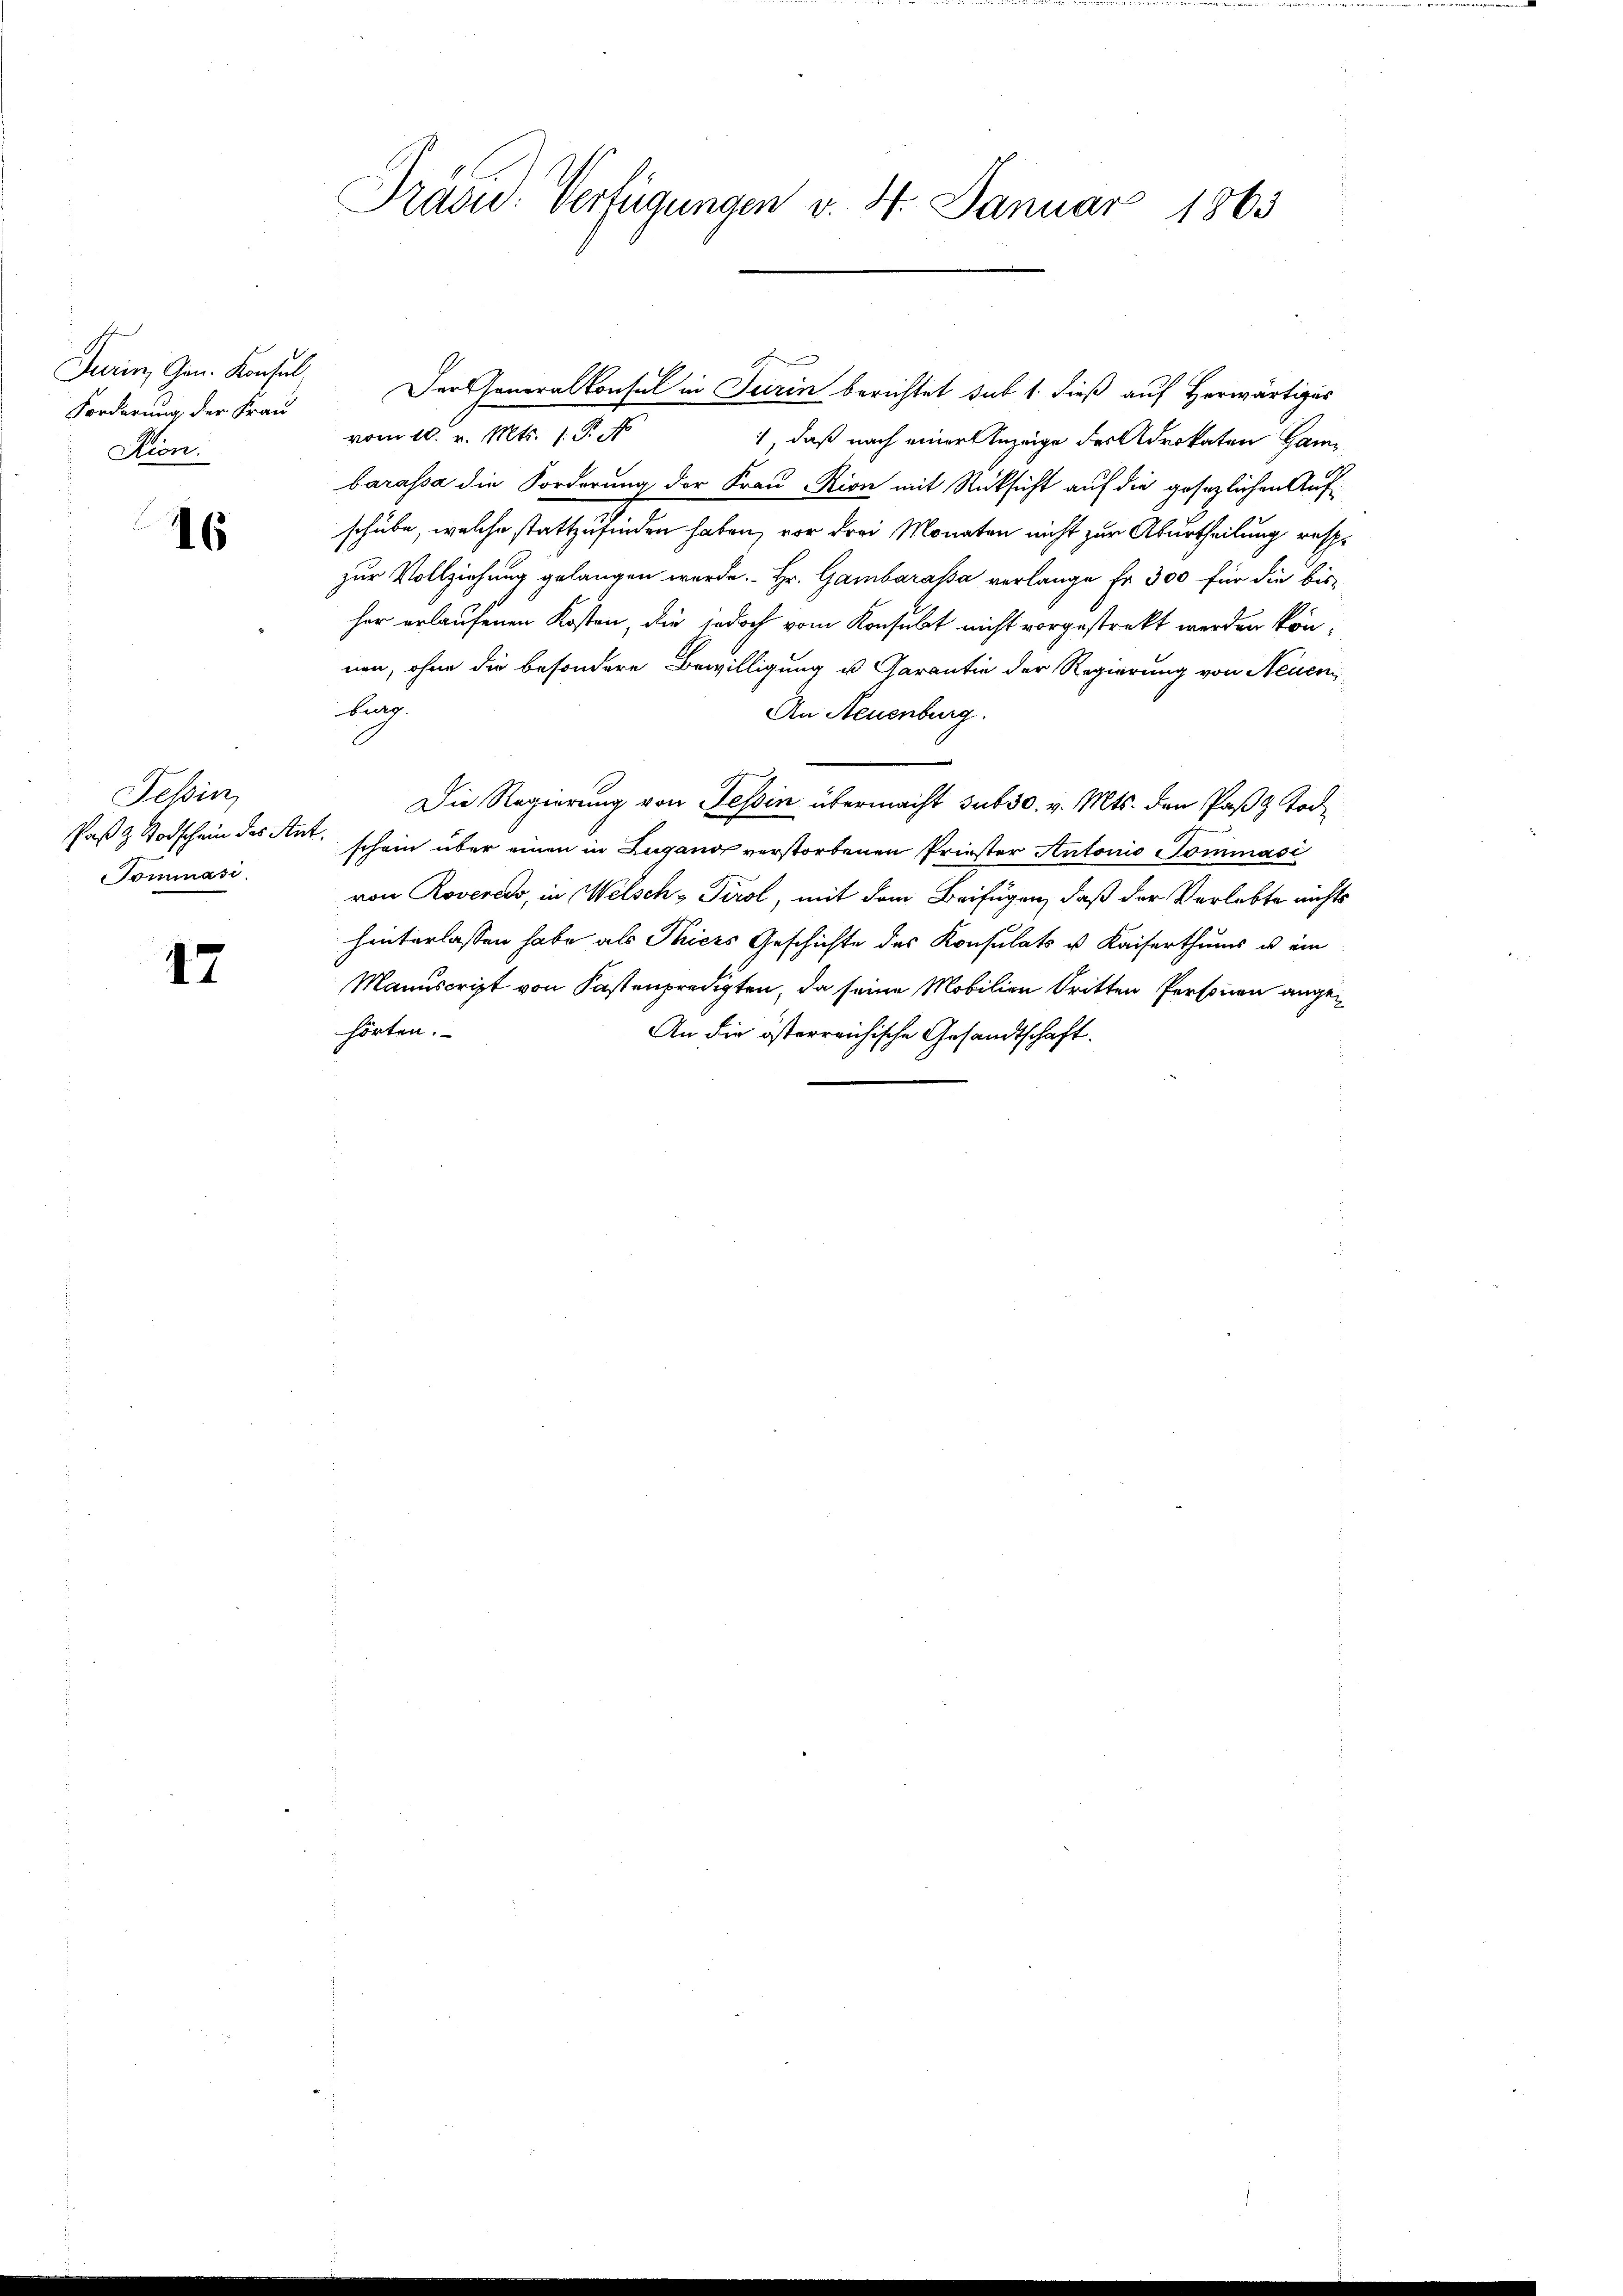
Turin, Gen. Konsul,
Forderung der Frau
Rion.

16

Tessin,
Tommasi

47

Präsid. Verfügungen v. 4. Januar 1863

vom 10. v. Mts. 1. P. N
1, daß nach einer Anzeige des Advokaten Hambarassa die Forderung der Frau Rion mit Rücksicht auf die gesezlichen Aufschube, welche stattzufinden haben, vor drei Monaten nicht zur Aburtheilung resp.
zur Vollziehung gelangen werde. Hr. Gambarassa verlange Fr. 300 für die bisher erlaufenen Kosten, die jedoch vom Konsulat nicht vorgestrekt werden können, ohne die besondere Bewilligung u. Garantie der Regierung von Neuen
bung.
An Neuenburg.
Die Regierung von Tessin übermacht sub 30. v. Mts. den Paß z Tod¬
Paß & Todschein des Ant. schein über einen in Lugano verstorbenen Priester Antonio Sommasi
von Rovereis, in Welsch, Tirol, mit dem Beifügen, daß der Verlebte nichts
hinterlassen habe als Phices Geschichte des Konsulats u Kaiserthums u. ein
Manuscript von Kastenpredigten, da seine Mobilien dritten Personen angehörten.
An die österreichische Gesandtschaft.

Der Generalkonsul in Turin berichtet sub 1. dieß auf Herwärtiges